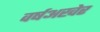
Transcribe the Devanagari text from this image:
वर्षअखेर